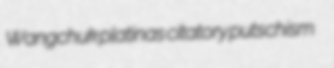
Wangchuk platinas citatory putschism